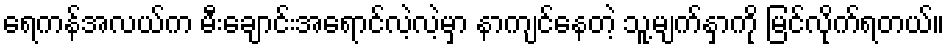
ရေကန်အလယ်က မီးချောင်းအရောင်လဲ့လဲ့မှာ နာကျင်နေတဲ့ သူ့မျက်နှာကို မြင်လိုက်ရတယ်။